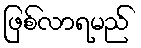
ဖြစ်လာရမည်